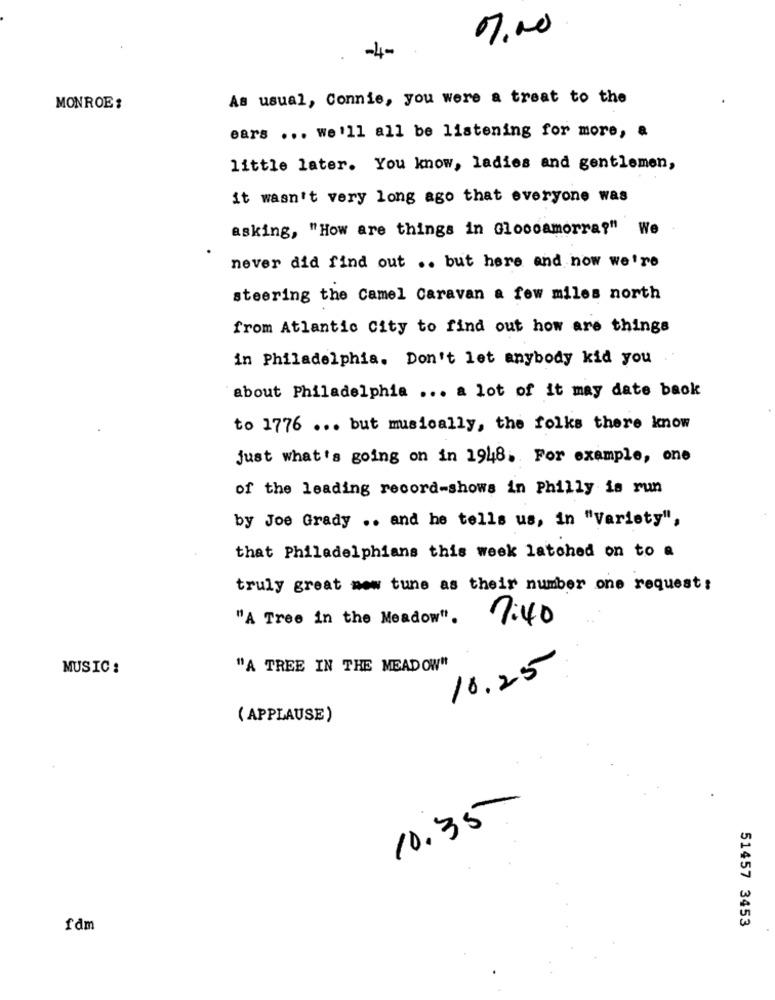
07.00
-4-
As usual, Connie, you were a treat to the
MONROE:
ears ... we'll all be listening for more, a
little later. You know, ladies and gentlemen,
it wasn't very long ago that everyone was
asking, "How are things in Gloccamorra?" We
never did find out .. but here and now we're
steering the Camel Caravan a few miles north
from Atlantic City to find out how are things
in Philadelphia. Don't let anybody kid you
about Philadelphia ... a lot of it may date back
to 1776 ... but musically, the folks there know
just what's going on in 1948. For example, one
of the leading record-shows in Philly is run
by Joe Grady .. and he tells us, in "Variety",
that Philadelphians this week latched on to a
truly great mew tune as their number one request:
"A Tree in the Meadow".
7:40
MUSIC :
"A TREE IN THE MEADOW"
10.25
( APPLAUSE)
10.35
51457 3453
fdm